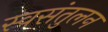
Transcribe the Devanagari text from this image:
स्वसंतुलन